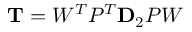
\mathbf { T } = W ^ { T } P ^ { T } \mathbf { D } _ { 2 } P W